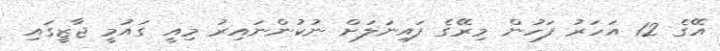
އޭގެ 12 އަހަރު ފަހުން މިރޭގެ ފައިނަލަށް ނުކުންނައިރު މިއީ ގައުމީ ޖާޒީގައި